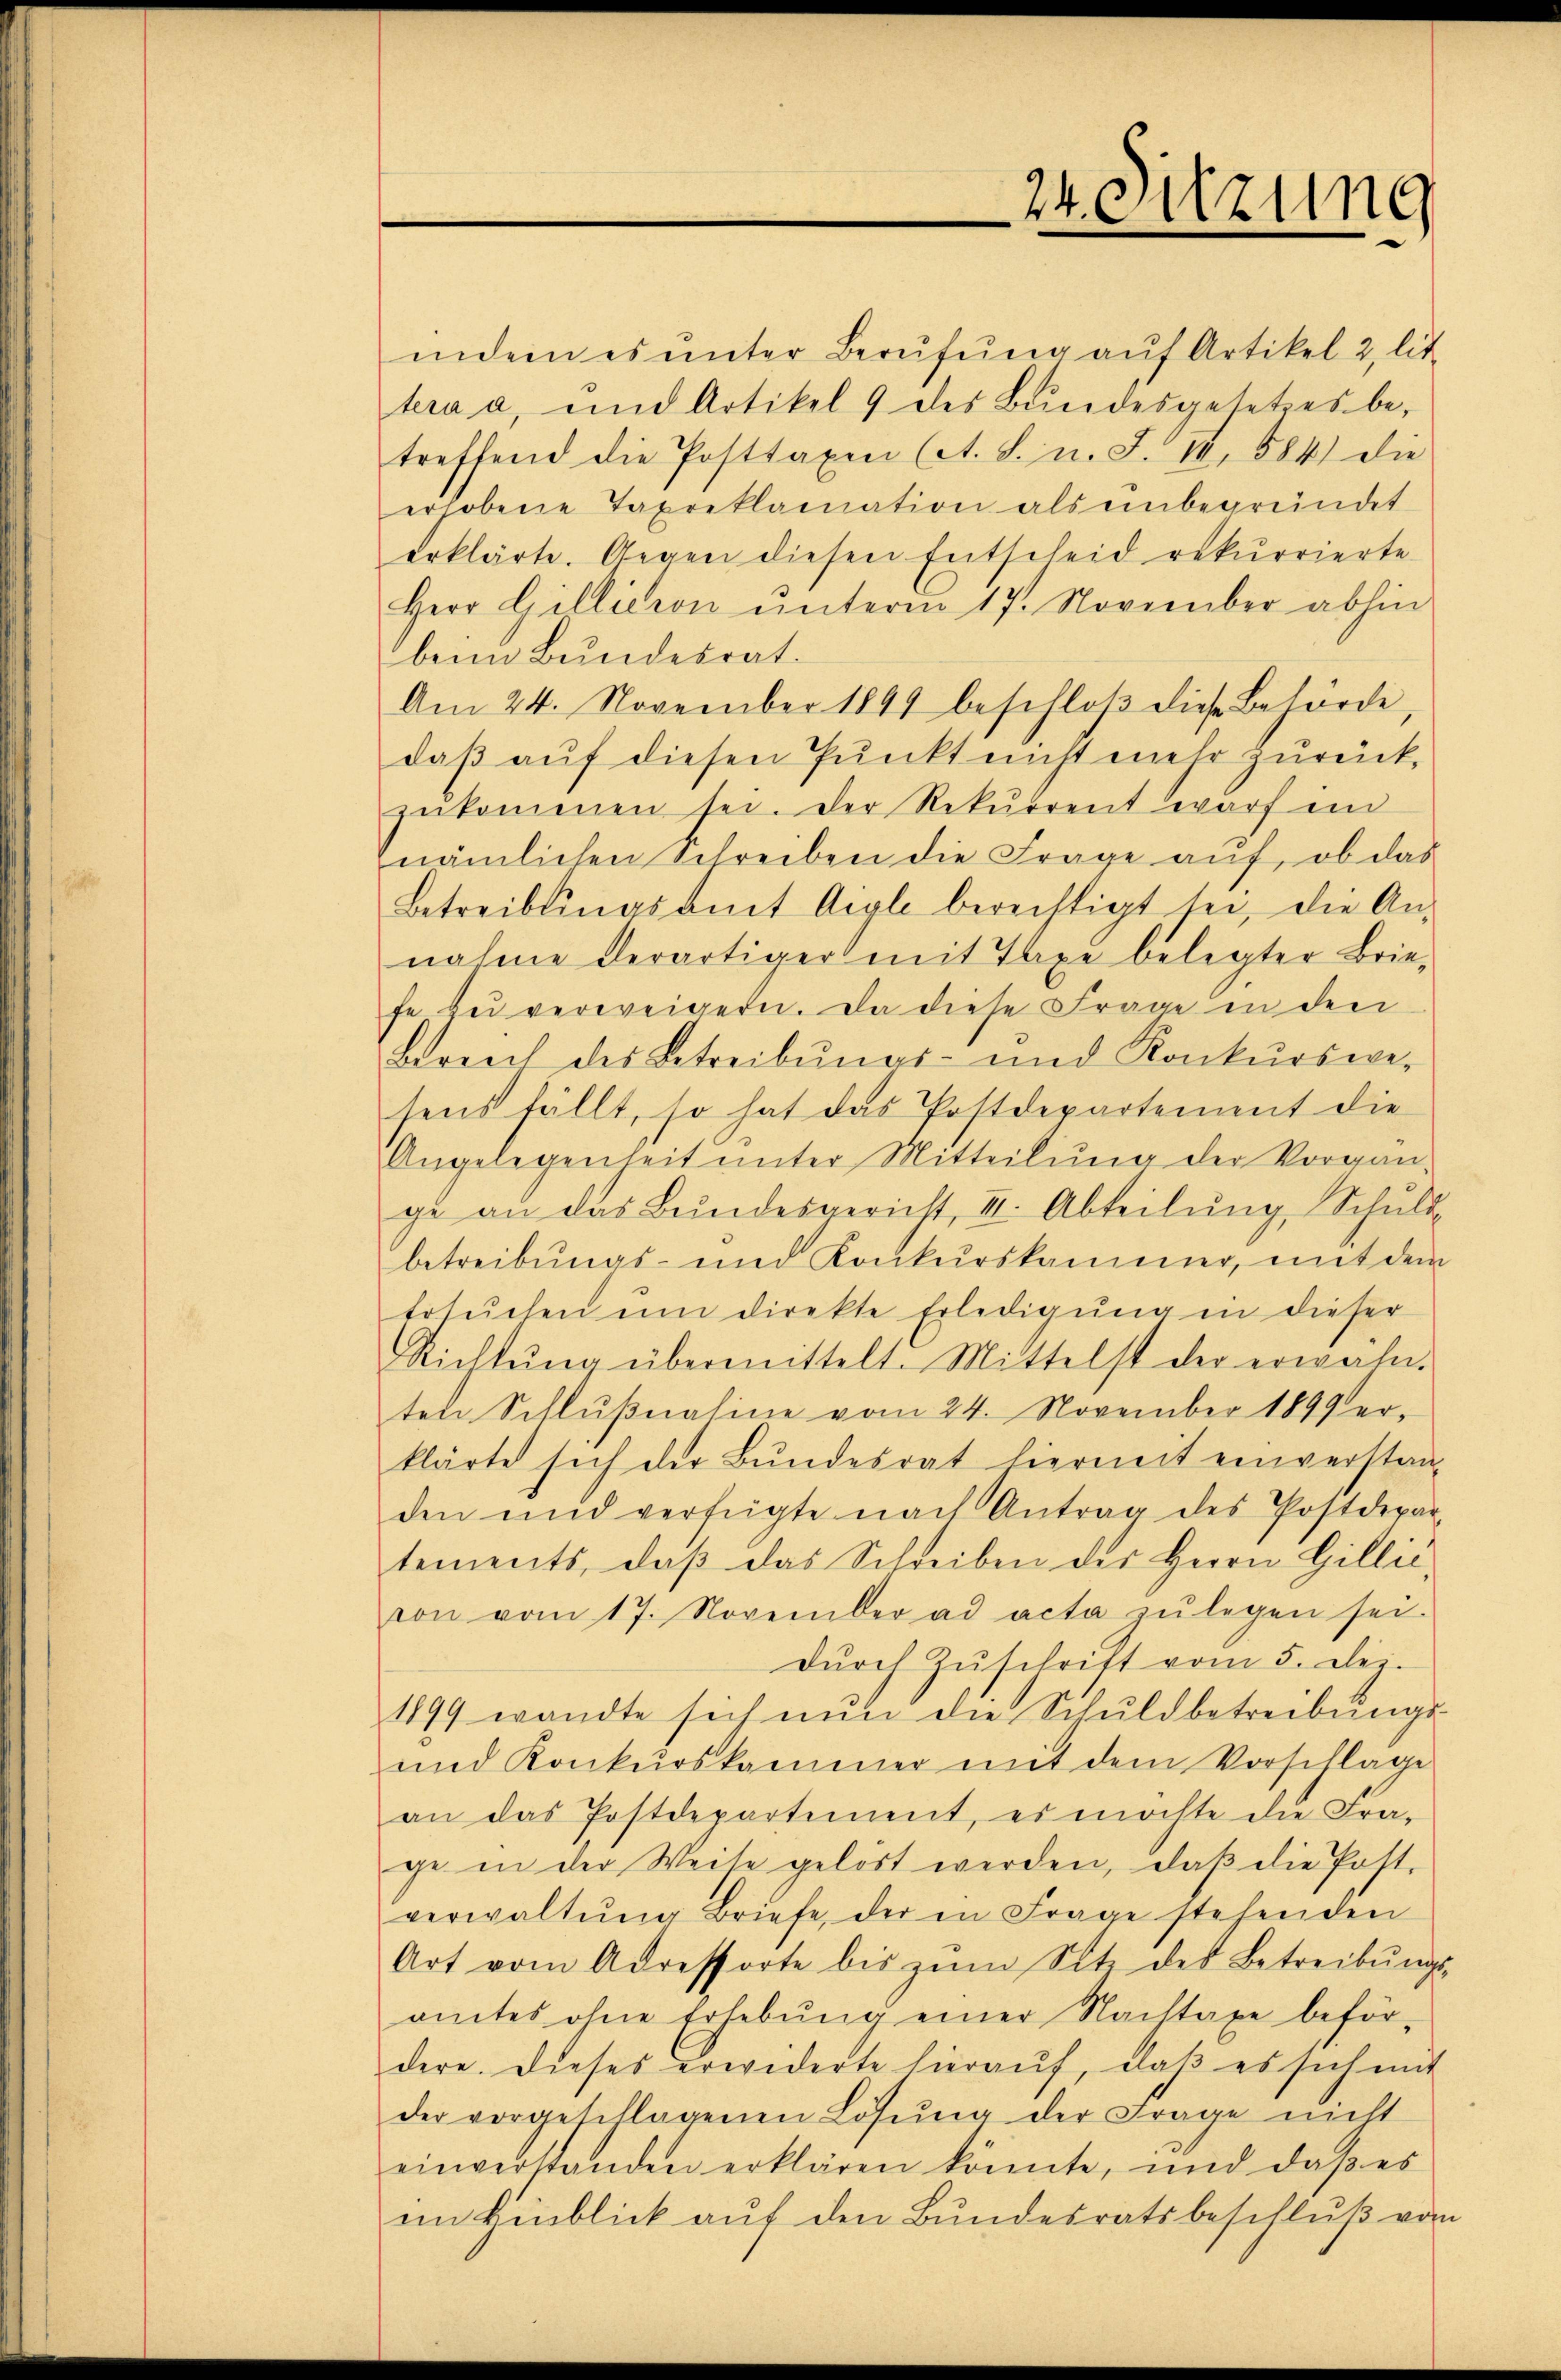
24. Sitzung

indem es ŭnter Berŭfŭng aŭf Artikel 2, lit.
tera a, und Artikel 9 des Bŭndesgesetzes be-
treffend die Posttaxen (A. S. n. F. III, 584) die
erhobene Taxreklamation als einbegründet
erklärte. Gegen diesen Entscheid rekurrierte
Herr Gillicion ŭnterm 17. November abhin
beim Bundesrat.
Am 24. November 1891 beschloß diese Behörde
daβ aŭf diesen Pŭnkt nicht mehr zŭrück,
zekommen sei. Der Rekurrent warf ein
nämlichen Schreiben die Frage auf, ob das
Betreiblingsamt Aigle berechtigt sei, die An-
nahme derartiger mit Taxe belegter Brie-
fe zu verweigeren. Da diese Frage in den
Bereich des Betreibŭngs- und Konkurswe-
sens fällt, so hat das Postdepartement die
Angelegenheit ŭnter Mitteilŭng der Vorgan-
ge an das Bundesgericht, III. Abteilŭng, Schuld-
betreibungs- und Konkurskammer, mit dem
Ersŭchen ŭm direkte Erledigŭng in dieser
Richtŭng übermittelt. Mittelst der erwähn-
ten Schlußnahme vom 24. November 1899 erklärte sich der Bŭndesrat hiermit einverstan-
den und verfügte nach Antrag des Postdepar
tements, daβ das Schreiben der Herrn Gillić,
von vom 17. November ad acta zŭ legen sei.
dŭrch Zŭschrift vom 5. dei-
1899 wandte sich nŭn die Schuldbetreibŭngs-
und Konkurskammer mit dem Vorschlage
an das Postdepartement, es möchte die Fra-
ge in der Weise gelöst werden, daβ die Post-
verwaltŭng Briefe, der in Frage stehenden
Art vom Adressorte bis zŭm Sitz des Betreibŭngs-
amtes ohne Erhebŭng einer Nachtaxe beför-
dere. Dieses erwiderte hieraŭf, daβ es sich mit
der vorgeschlagenen Lösŭng der Frage nicht
einverstanden erklären könnte, und daß es
im Hinblick auf den Bundesratsbeschluß von